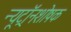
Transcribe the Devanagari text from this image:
न्यूट्रॉनशोषक